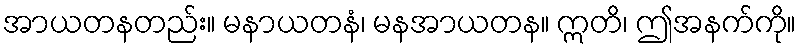
အာယတနတည်း။ မနာယတနံ၊ မနအာယတန။ ဣတိ၊ ဤအနက်ကို။